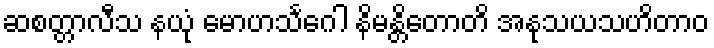
ဆစတ္တာလီသ နယုံ မောဟသင်္ဂေါ နိမန္တိတောတိ အနုသယသဟိတာဝ